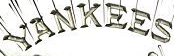
YANKEES